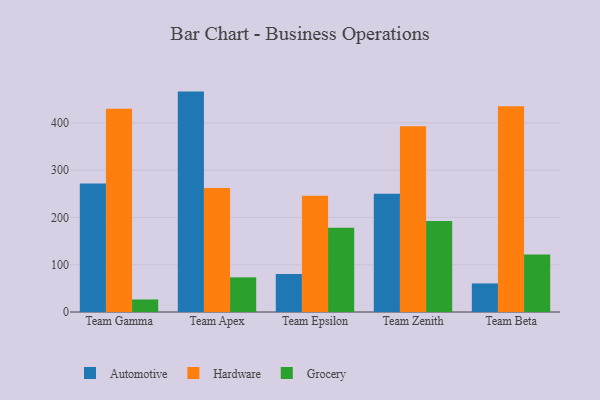
{"axis": {"x": "Team", "y": "Operating Costs (USD K)"}, "legend": ["Automotive", "Grocery", "Hardware"], "data": [{"x": "Team Gamma", "y": 271.6, "type": "Automotive"}, {"x": "Team Gamma", "y": 429.5, "type": "Hardware"}, {"x": "Team Gamma", "y": 26.5, "type": "Grocery"}, {"x": "Team Apex", "y": 466.0, "type": "Automotive"}, {"x": "Team Apex", "y": 262.0, "type": "Hardware"}, {"x": "Team Apex", "y": 73.3, "type": "Grocery"}, {"x": "Team Epsilon", "y": 80.4, "type": "Automotive"}, {"x": "Team Epsilon", "y": 245.8, "type": "Hardware"}, {"x": "Team Epsilon", "y": 178.2, "type": "Grocery"}, {"x": "Team Zenith", "y": 250.2, "type": "Automotive"}, {"x": "Team Zenith", "y": 393.0, "type": "Hardware"}, {"x": "Team Zenith", "y": 192.3, "type": "Grocery"}, {"x": "Team Beta", "y": 60.4, "type": "Automotive"}, {"x": "Team Beta", "y": 434.9, "type": "Hardware"}, {"x": "Team Beta", "y": 121.8, "type": "Grocery"}]}